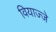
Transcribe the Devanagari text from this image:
वियाज्जे